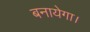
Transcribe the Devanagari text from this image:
बनायेगा।